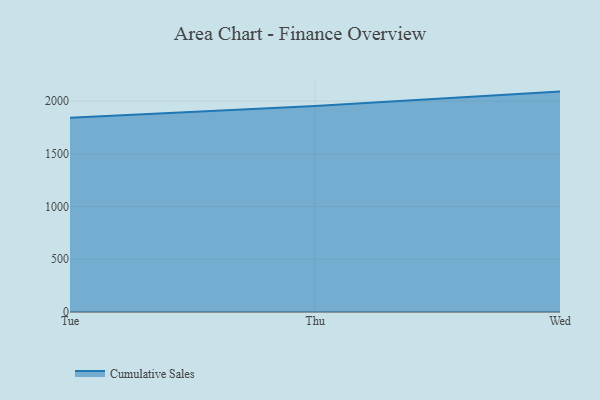
{"axis": {"x": "Day", "y": "Churn Rate (%)"}, "legend": ["Cumulative Sales"], "data": [{"x": "Tue", "y": 1843.2, "type": "Cumulative Sales"}, {"x": "Thu", "y": 1953.6, "type": "Cumulative Sales"}, {"x": "Wed", "y": 2090.7, "type": "Cumulative Sales"}]}